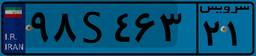
۹۸S۴۶۳۲۱